Medical and sanitary report of the native army of Madras for the year
Year: 1877
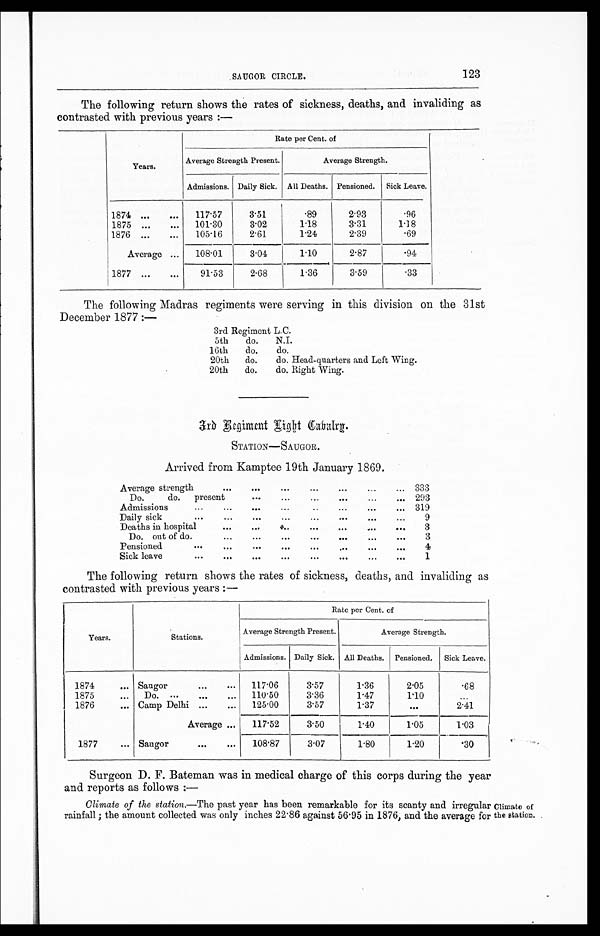
SAUGOR CIRCLE.
123
The following return shows the rates of sickness, deaths, and invaliding as
contrasted with previous years :—
Years.
Rate per Cent. of
Average Strength Present.
Average Strength.
Admissions. Daily Sick. All Deaths. Pensioned. Sick Leave.
1874 ...
... 117.57
3.51
.89
2.93
.96
1875 ... . . .
101.30
3.02
1.18
3.31
1.18
1876 ...
... 105.16
2.61
1.24
2.39
.69
Average ... 108.01
3.04
1.10
2.87
.94
1877 ...
...
91.53
2.68
1.36
3.59
.33
The following Madras regiments were serving in this division on the 31st
Deeemher 1877
3rd Regiment L.C.
5th do. N.I.
16th do. do.
20th do. do. Head-quarters and Left Wing.
20th do. do. Right Wing.
3 r d R e g i m e n t L i g h t C a b a l r g .
STATION—SAUGOR.
Arrived from Kamptee 19th January 1869.
Average strength
...
...
...
...
...
...
... 333
Do. do. present
. . .
. . .
. . .
. . .
. . .
. . . 293
Admissions
...
...
...
. . .
...
. . .
. . .
. . . 319
Daily sick
...
...
...
...
. . .
...
. . .
. . .
9
Deaths in hospital
...
... ...
...
...
...
... 3
Do. out of do.
...
...
...
...
...
...
. . .
3
Pensioned
...
...
...
...
...
...
...
. . .
4
Sick leave
...
...
...
...
...
...
. . .
. . .
1
The following return shows the rates of sickness, deaths, and invaliding as
contrasted with previous years :—
Years.
Stations .
Rate per Cent. of
Average Strength Present.
Average Strength.
Admissions. Daily Sick. All Deaths. Pensioned. Sick Leave.
1874
... Saugor
...
... 117.06
3.57
1.36
2.05
.68
1875
... Do. ...
...
... 110.50
3.36
1.47
1 . 1 0
. . .
1876
... Camp Delhi ...
... 125.00
3.57
1.37
. . .
2.41
Average ... 117.52
3.50
1.40
1.05
1.03
1877
... Saugor
...
... 108.87
3.07
1.80
1.20
.30
Surgeon D. F. Bateman was in medical charge of this corps during the year
and reports as follows :—
Climate of the station. —The past year has been remarkable for its scanty and irregular Climate of
rainfall ; the amount collected was only inches 22.86 against 56.95 in 1876, and the average for the Station.